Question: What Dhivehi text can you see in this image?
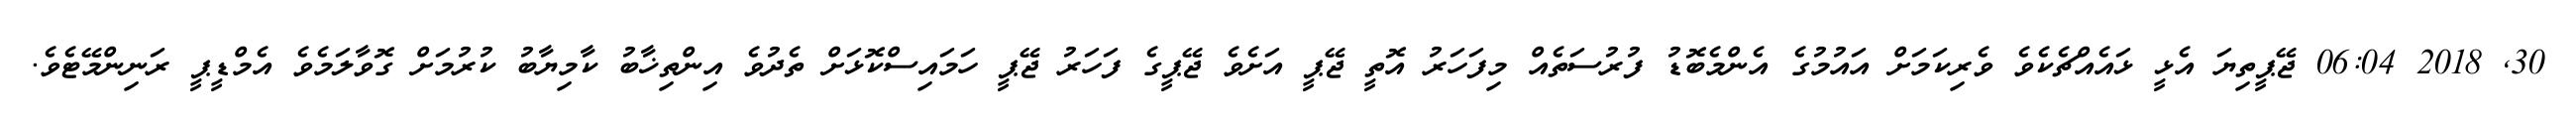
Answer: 30, 2018 06:04 ޖޭޕީތިޔަ އެޅީ ޅައެއްޗެކެވެ ވެރިކަމަށް އައުމުގެ އެންމެބޮޑު ފުރުސަތެއް މިފަހަރު އޮތީ ޖޭޕީ އަށެވެ ޖޭޕީގެ ފަހަރު ޖޭޕީ ހަމައިސްކޮޅަށް ތެދުވެ އިންތިޚާބު ކާމިޔާބު ކުރުމަށް ގޮވާލަމެވެ އެމްޑީޕީ ރަނިންމޭޓެވެ.